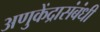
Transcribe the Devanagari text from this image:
अणुकेंद्रासंबंधी